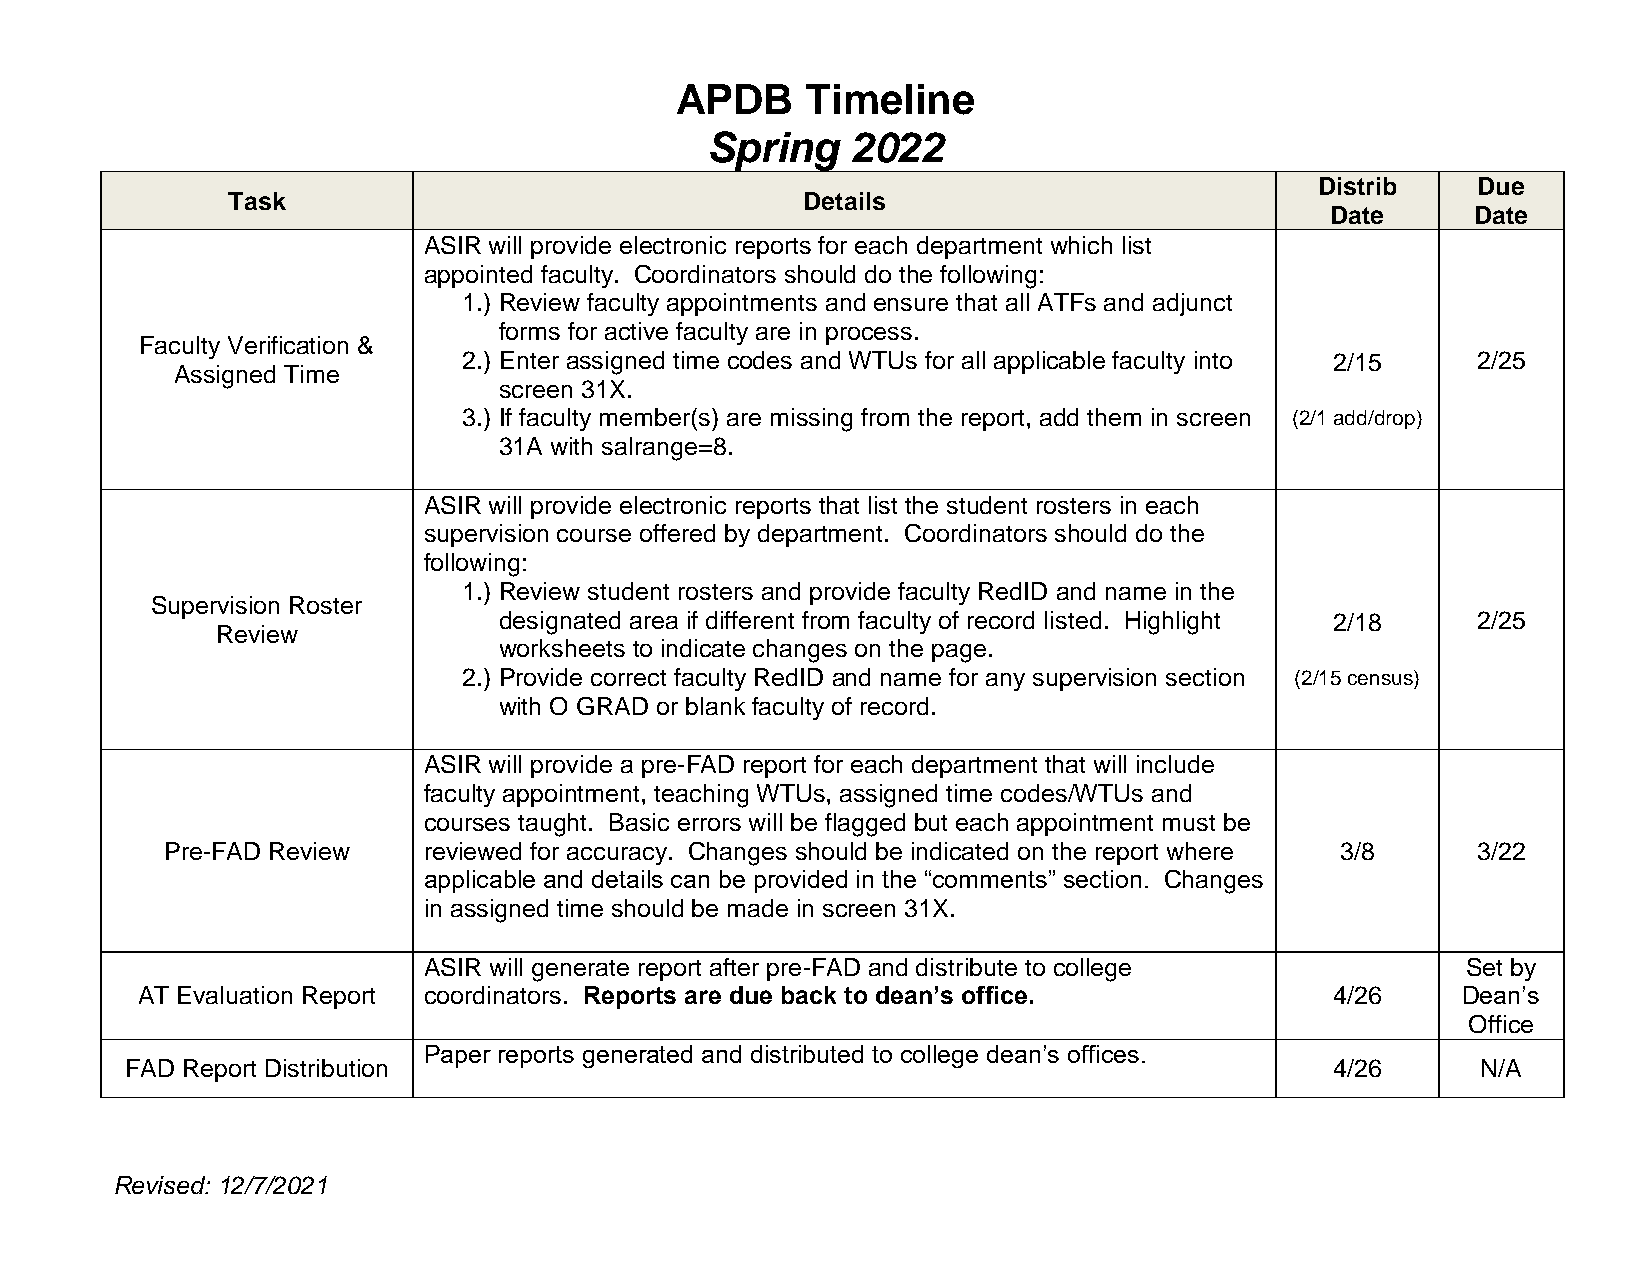
APDB    Timeline
 Spring   2022
 Distrib    Due
 Task                                  Details
 Date      Date
 ASIR will provide electronic reports for each department which list
 appointed faculty. Coordinators should do the following:
 1.) Review faculty appointments and ensure that all ATFs and adjunct
 forms for active faculty are in process.
 Faculty Verification &
 2.) Enter assigned time codes and WTUs for all applicable faculty into 2/15 2/25
 Assigned Time
 screen 31X.
 3.) If faculty member(s) are missing from the report, add them in screen (2/1 add/drop)
 31A with salrange=8.
 ASIR will provide electronic reports that list the student rosters in each
 supervision course offered by department. Coordinators should do the
 following:
 1.) Review student rosters and provide faculty RedID and name in the
 Supervision Roster
 designated area if different from faculty of record listed. Highlight 2/18 2/25
 Review
 worksheets to indicate changes on the page.
 2.) Provide correct faculty RedID and name for any supervision section (2/15 census)
 with O GRAD or blank faculty of record.
 ASIR will provide a pre-FAD report for each department that will include
 faculty appointment, teaching WTUs, assigned time codes/WTUs and
 courses taught. Basic errors will be flagged but each appointment must be
 Pre-FAD Review   reviewed for accuracy. Changes should be indicated on the report where 3/8 3/22
 applicable and details can be provided in the “comments” section. Changes
 in assigned time should be made in screen 31X.
 ASIR will generate report after pre-FAD and distribute to college    Set by
 AT Evaluation Report coordinators. Reports are due back to dean’s office.      4/26     Dean’s
 Office
 Paper reports generated and distributed to college dean’s offices.
 FAD Report Distribution                                                         4/26      N/A
 Revised: 12/7/2021